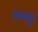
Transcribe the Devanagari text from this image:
नक्कू